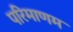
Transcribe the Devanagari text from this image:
परिमाणम